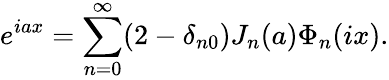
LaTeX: e^{iax}=\sum_{n=0}^{\infty}(2-\delta_{n0})J_{n}(a)\Phi_{n}(ix).